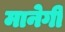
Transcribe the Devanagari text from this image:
मानेगी